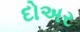
દોઅર